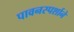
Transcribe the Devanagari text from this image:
पावनस्पर्शाने